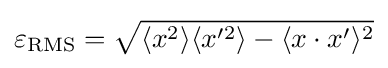
\varepsilon _{\text{RMS}}={\sqrt {\langle x^{2}\rangle \langle x^{\prime 2}\rangle -\langle x\cdot x^{\prime }\rangle ^{2}}}